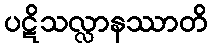
ပဋိသလ္လာနဿာတိ